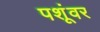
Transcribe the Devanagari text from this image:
पशूंवर